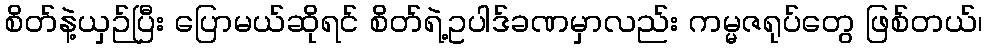
စိတ်နဲ့ယှဉ်ပြီး ပြောမယ်ဆိုရင် စိတ်ရဲ့ဥပါဒ်ခဏမှာလည်း ကမ္မဇရုပ်တွေ ဖြစ်တယ်၊